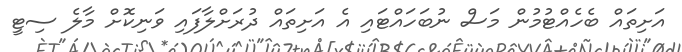
އަށިތައް ބެހެއްޓުމުން މަސް ނުބަހައްޓައި އެ އަށިތައް ދުރަށްލާފައި ވަނިކޮށް މާލެ ސިޓީ